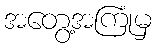
အတွေ့အကြုံမှ